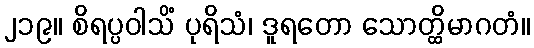
၂၁၉။ စိရပ္ပဝါသိံ ပုရိသံ၊ ဒူရတော သောတ္ထိမာဂတံ။